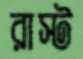
রাস্ট